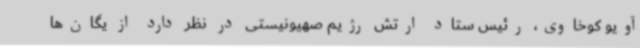
آویو کوخاوی، رئیس ستاد ارتش رژیم صهیونیستی در نظر دارد از یگان‌ها